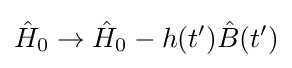
{\hat {H}}_{0}\to {\hat {H}}_{0}-h(t'){\hat {B}}(t')